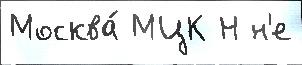
Москва́ МЦК Н н'е